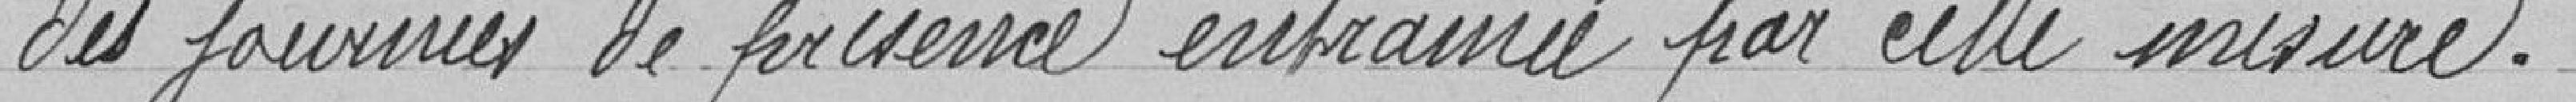
des journées de présence entraînée par cette mesure.